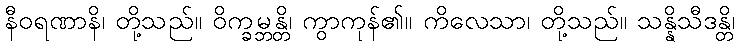
နီဝရဏာနိ၊ တို့သည်။ ဝိက္ခမ္ဘန္တိ၊ ကွာကုန်၏။ ကိလေသာ၊ တို့သည်။ သန္နိသီဒန္တိ၊